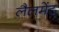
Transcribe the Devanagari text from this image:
लैलमेंट